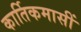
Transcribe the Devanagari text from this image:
कार्तिकमासीं